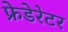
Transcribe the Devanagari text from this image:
फ्रेडेरेटर